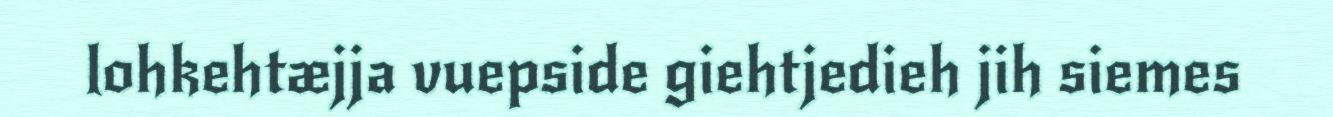
lohkehtæjja vuepside giehtjedieh jih siemes